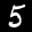
Label: 5